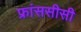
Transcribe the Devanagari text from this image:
फ्रांससीसी